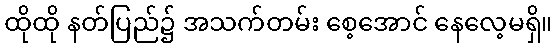
ထိုထို နတ်ပြည်၌ အသက်တမ်း စေ့အောင် နေလေ့မရှိ။